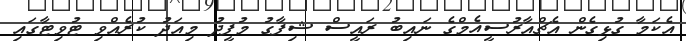
އެކަމާ ގުޅިގެން އެޗްއާރުސީއެމްގެ ނައިބު ރައީސް ޝިފާގު މުފީދު މިއަދު ކުރެއްވި ޓުވިޓާގައި